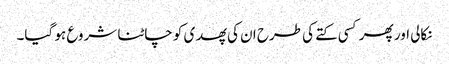
نکالی اور پھر کسی کتے کی طرح ان کی پھدی کو چاٹنا شروع ہو گیا۔